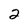
Character: 2